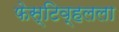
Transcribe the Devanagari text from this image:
फेस्टिव्हलला